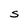
Character: S